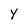
Character: Y